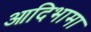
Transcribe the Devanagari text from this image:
आदिभामा